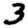
Digit: 3